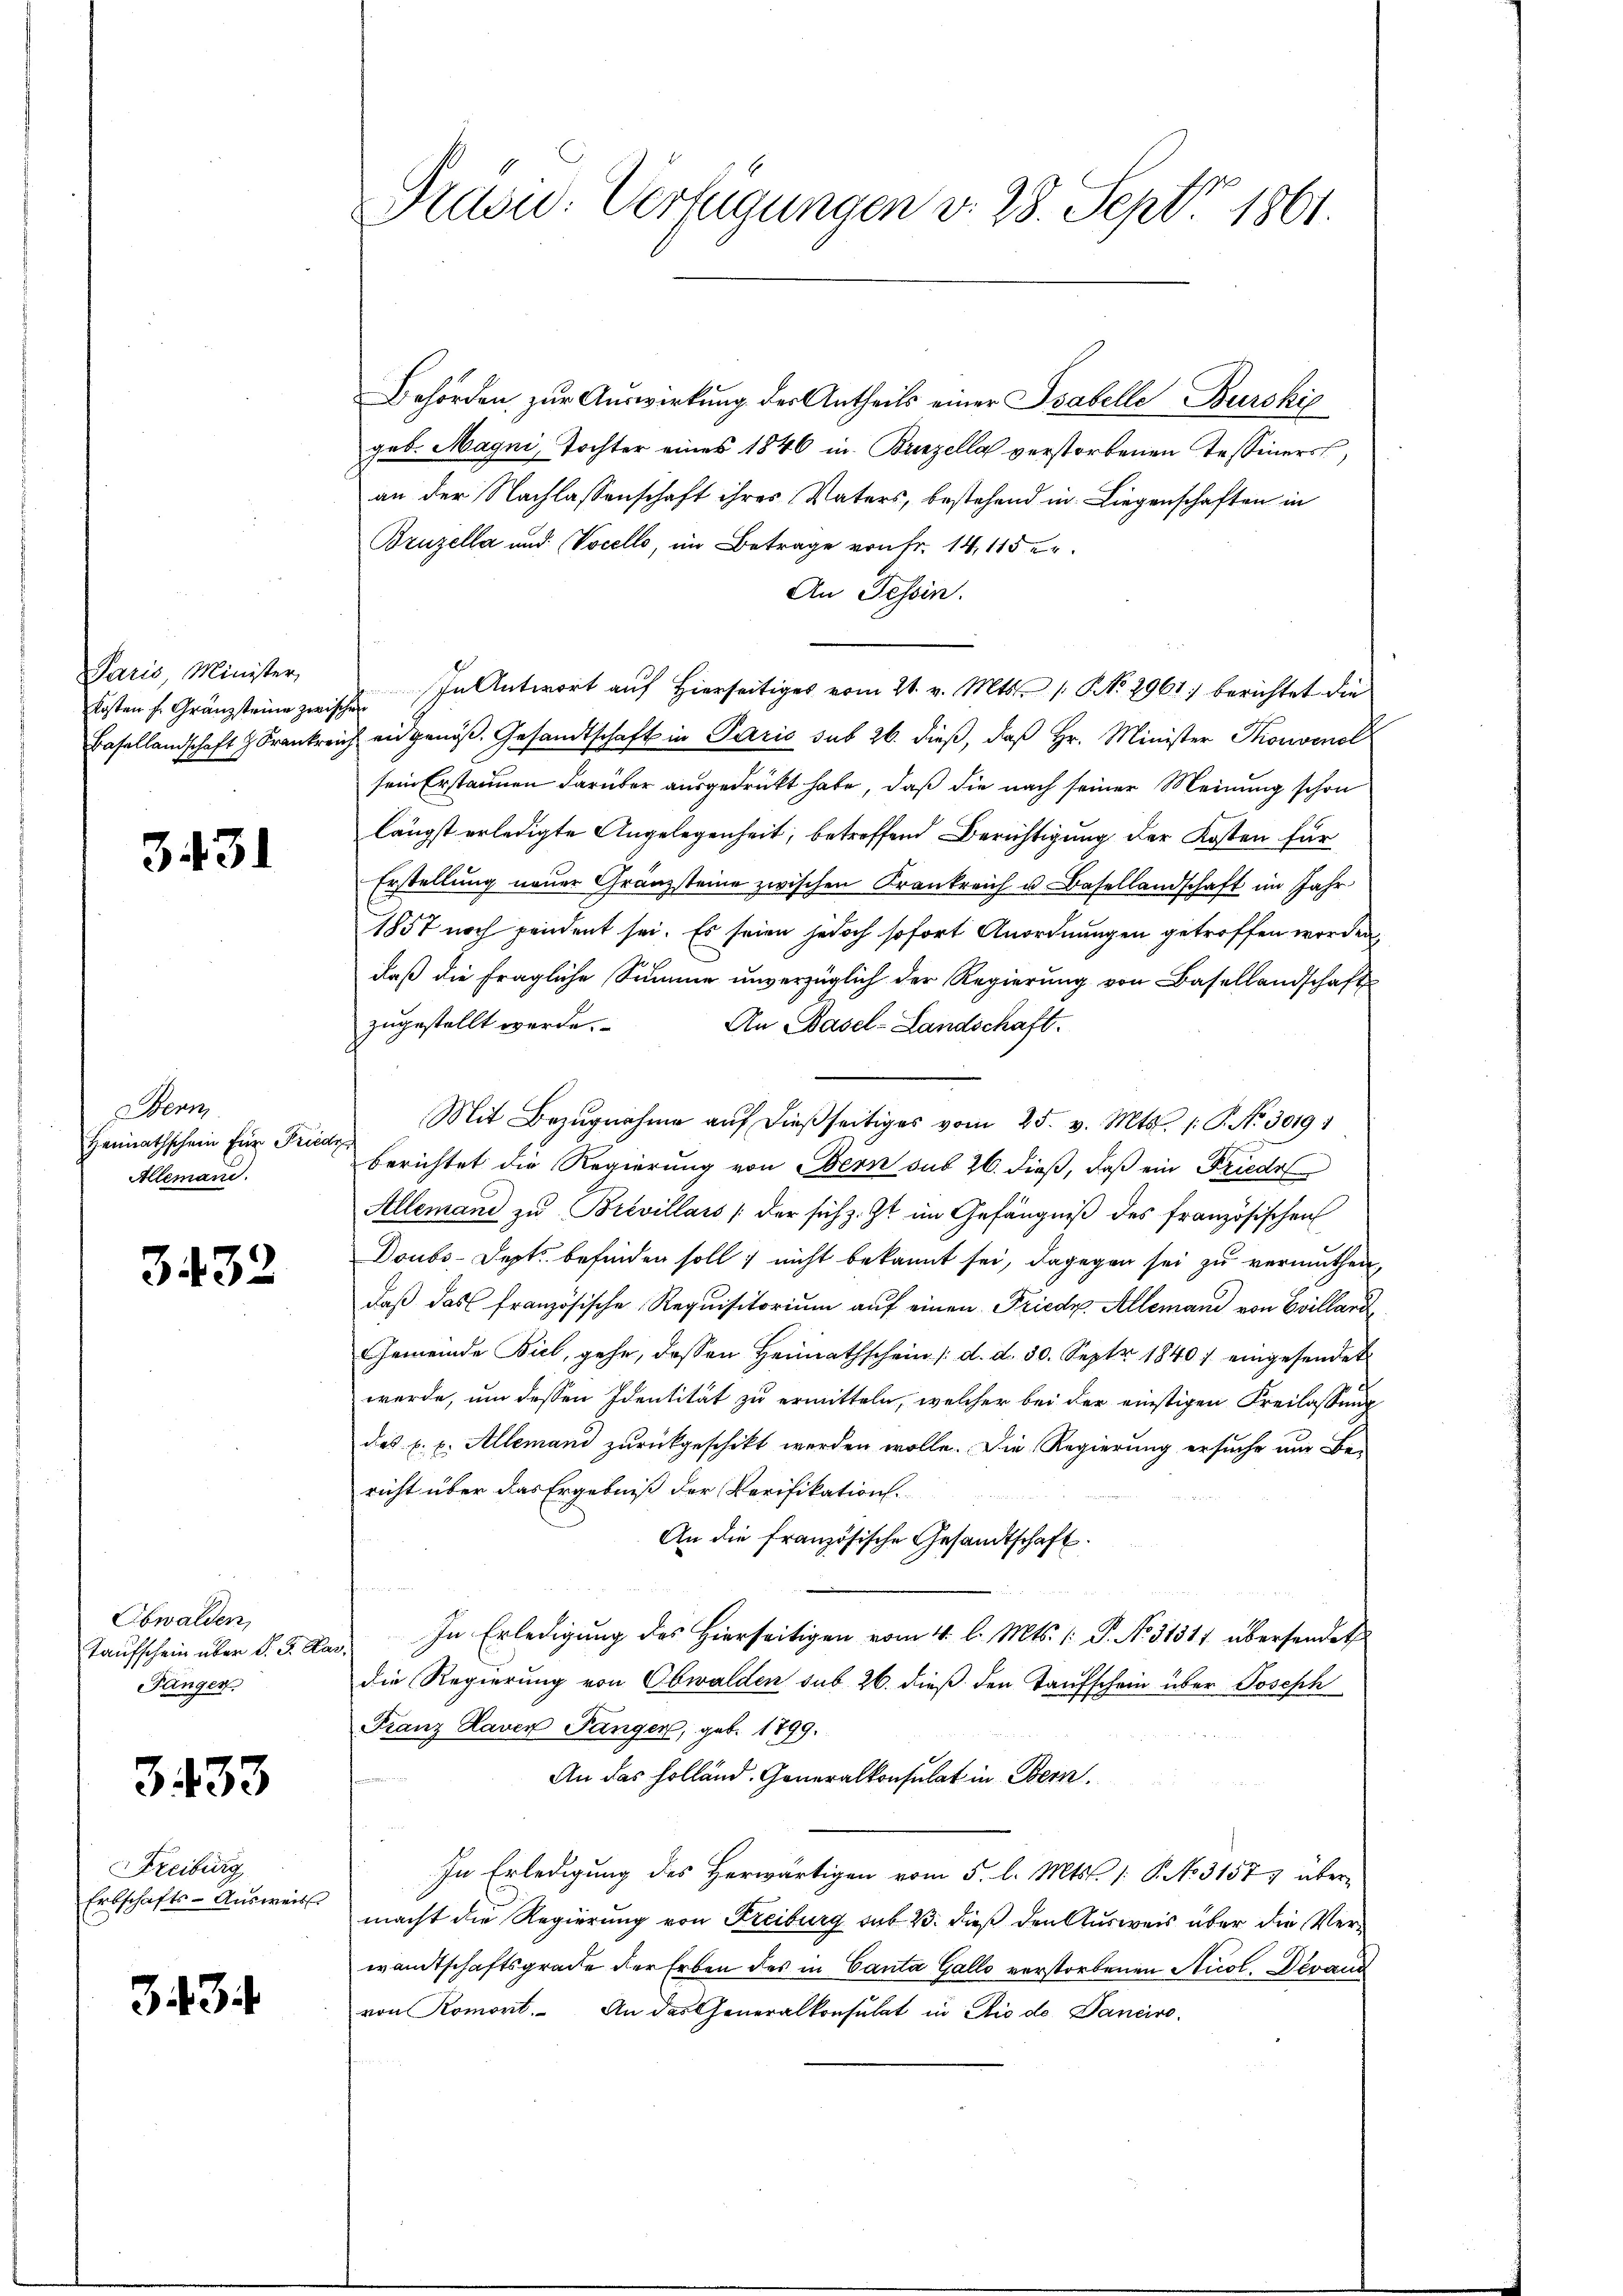
Paris, Minister,
Kosten f. Gränzsteine zwis

3431

Wenn
Heimathschein für Friedi
Allemand.

3432

Obwalden,
Taufschein über d. J. A
Fänger

3. 433

Freiburg
Erbschafts-Ausweis

3434

Präsid.: Verfügungen d. 28. Sept 1861.

Behörden zur Auswirkung der Antheils einer Tabelle Burckić
geb. Magni, Tochter eines 1846 in Brinzella verstorbenen Tessiners,
an der Nachlassenschaft ihres Vaters, bestehend in Liegenschaften in
Bruzella und Vocelle, im Betrage von Fr. 14, 115 er
An Tessin.
In Antwort auf Hierseitiges vom 21. v. Mts. /: NNo. 2961. berichtet die
.
Basellandschaft Frankreich eingenös. Gesandtschaft in Paris sub 26. dieß, daß Hr. Minister Thonvenal
sein Erstaunen darüber ausgedrückt habe, daß die nach seiner Meinung schon
längst erledigte Angelegenheit, betreffend Berichtigung der Kosten für
Erstellung neuer Gränzsteine zwischen Krankreich u. Basellandschaft im Jahr
1857 noch pendent sei. Es seien jedoch sofort Anordnungen getroffen worden,
daß die fragliche Summe unverzüglich der Regierung von Basellandschafts
zugestellt werde.
An Basel-Landschaft.
Mit Bezŭgnahme aŭf dießseitiges vom 25. v. Mts. 1. P. Nr. 30191
s
berichtet die Regierung von Obern sub 26. dieß, daß ein Friedel
Allemand zŭ Brevillars (der sich z. Zt. im Gefängniβ des französischen
Doubs-Dept befinden soll nicht bekannt sei, dagegen sei zu vermuthen,
daß das französische Requisitorium auf einen Friedr. Allemand von Evilland
Gemeinde Biel, gehe, dessen Heimathschein /: d. d. 30. Sept 1840 eingesendet
werde, um dessen Identität zu ermitteln, welcher bei der einstigen Freilassung
des C. c. Allemand zurückgeschikt werden wolle. Die Regierung ersuche nur Be-
richt über das Ergebniß der Verifikation.
An die französische Gesandtschaft.
In Erledigung des Hierseitigen vom 4. l. Mts. (: P. No. 31311 übersendet
die Regierung von Obwalden sub. 26. dieß den Taufschein über Joseph
Franz Haver Pänger, geb. 1799.
An das Holland. Generalkonsulat in Bern.

In Erledigung des Herwärtigen vom 5. l. Mts. /: P. No 31577 über-
macht die Regierung von Freiburg sub 23. dieß den Ausweis über die Verwandtschaftsgrade der Erben des in Canta Gallo verstorbenen Nicol. Deraus
von Komort. An das Generalkonsulat in Rio de Danciro-